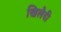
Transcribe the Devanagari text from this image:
खिलैदी